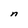
Character: n